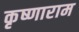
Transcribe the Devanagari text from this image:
कृष्णाराम